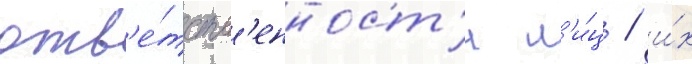
отв'е́тств'енност'и л'и́ц / и́х